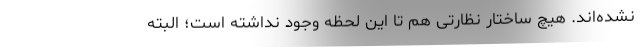
نشده‌اند. هیچ ساختار نظارتی هم تا این لحظه وجود نداشته است؛ البته